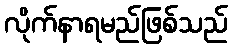
လိုက်နာရမည်ဖြစ်သည်